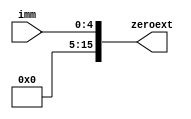
`timescale 1ns / 1ps
//////////////////////////////////////////////////////////////////////////////////
// Company: 
// Engineer: 
// 
// Design Name: 
// Module Name:    zeroext 
// Project Name: 
// Target Devices: 
// Tool versions: 
// Description: 
//
// Dependencies: 
//
// Revision: 
// Revision 0.01 - File Created
// Additional Comments: 
//
//////////////////////////////////////////////////////////////////////////////////
module zeroext(imm, zeroext);
	input  [4:0] imm;
	output [15:0] zeroext;
	
	assign zeroext = {11'b00000000000, imm};
	
endmodule